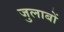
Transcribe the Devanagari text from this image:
जुलाबों